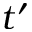
t ^ { \prime }